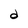
Character: d